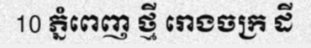
10 ភ្នំពេញ ថ្មី រោងចក្រ ដី